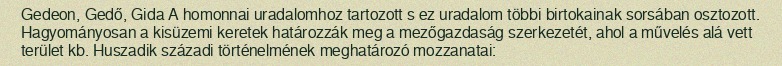
Gedeon, Gedő, Gida A homonnai uradalomhoz tartozott s ez uradalom többi birtokainak sorsában osztozott. Hagyományosan a kisüzemi keretek határozzák meg a mezőgazdaság szerkezetét, ahol a művelés alá vett terület kb. Huszadik századi történelmének meghatározó mozzanatai: